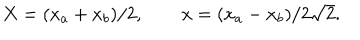
X = ( x _ { a } + x _ { b } ) / 2 , \qquad x = ( x _ { a } - x _ { b } ) / 2 \sqrt { 2 } .